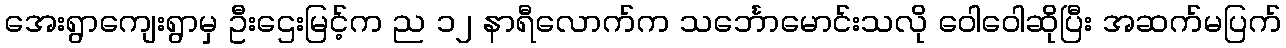
အေးရွာကျေးရွာမှ ဦးဌေးမြင့်က ည ၁၂ နာရီလောက်က သင်္ဘောမောင်းသလို ဝေါဝေါဆိုပြီး အဆက်မပြက်